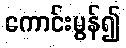
ကောင်းမွန်၍